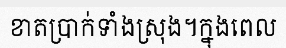
ខាតប្រាក់ទាំងស្រុង។ក្នុងពេល